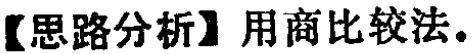
【思路分析】用商比较法。